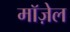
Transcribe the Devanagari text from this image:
मॉज़ेल